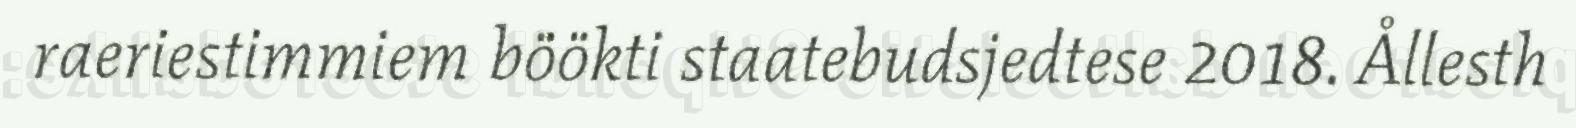
raeriestimmiem böökti staatebudsjedtese 2018. Ållesth